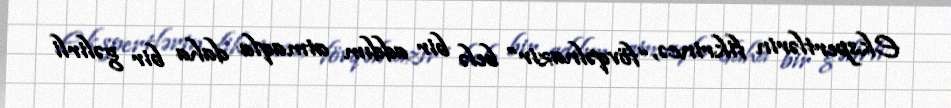
Ekspertlərin fikrincə, “fövqəlnazir” belə bir addım atmaqla daha bir gəlirli